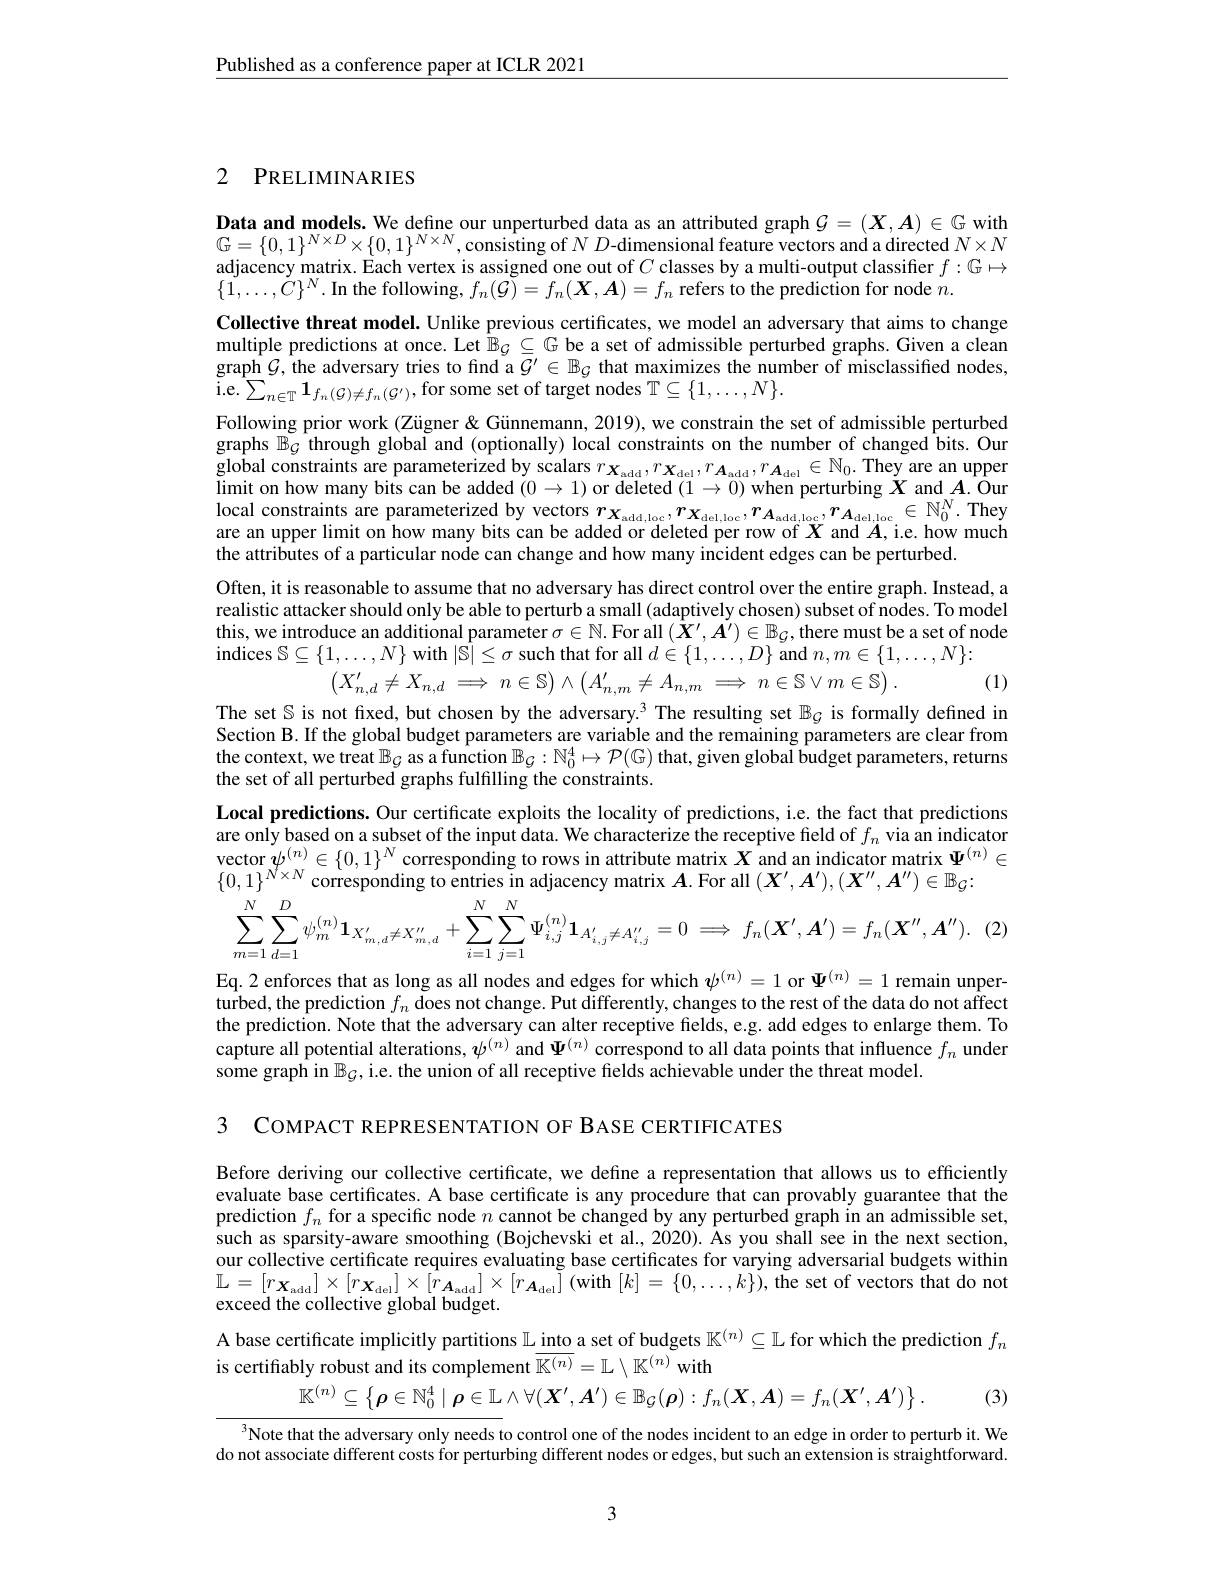
$\underline{\text{Published as a conference paper at ICLR 2021}}$

## 2 PRELIMINARIES

$\begin{array}{l}\textbf{Data and models. We define our unperturbed data as an attributed graph }\mathcal{G}=(\boldsymbol{X},\boldsymbol{A})\in\mathbb{G}\text{ with}\\\mathbb{G}=\{0,1\}^{N\times D}\times\{0,1\}^{N\times N},\text{consisting of }ND-\text{dimensional feature vectors and adirected }N\times N\end{array}$ adjacency matrix. Each vertex is assigned one out of $C$ classes by a multi-output classiffer $f:\mathbb{G}\mapsto$ $\{\tilde{1},\ldots,\tilde{C}\}^N.$In the following, $f_n(\tilde{\mathcal{G}})=f_n(\boldsymbol{X},\boldsymbol{A})=f_n$ refers to the prediction for node $\tilde{n}.$
Collective threat model. Unlike previous certificates, we model an adversary that aims to change $\begin{array}{l}\text{multiple predictions at once. Let }\mathbb{B}_{\mathcal{G}}\subseteq\mathbb{G}\text{ be a set of admissible perturbed graphs.Given a clean}\\\text{graph }\mathcal{G},\text{ the adversary tries to find a }\mathcal{G}^{\prime}\in\mathbb{B}_{\mathcal{G}}\textbf{ that maximizes the number of misclassified nodes,}\end{array}$ i. e. $\sum _{n\in \mathbb{T} }\mathbf{1} _{f_n( \mathcal{G} ) \neq f_n( \mathcal{G} ^{\prime }) }$,for some set of target nodes $\mathbb{T}\subseteq\{1,\ldots,N\}.$
Following prior work (Zügner& Günnemann, 2019), we constrain the set of admissible perturbed graphs $\mathbb{B}_\mathcal{G}$ through global and (optionally) local constraints on the number of changed bits. Our global constraints are parameterized by scalars $r_{\boldsymbol{X}_\mathrm{add}},r_{\boldsymbol{X}_\mathrm{del}},r_{\boldsymbol{A}_\mathrm{add}},r_{\boldsymbol{A}_\mathrm{del}}\in\mathbb{N}_0.$ They are an upper limit on how many bits can be added $(0\to1)$ or deleted $(1\to0)$ when perturbing $X$ and $A.$ Our local constraints are parameterized by vectors $r_{X_\mathrm{add,loc}},r_{X_\mathrm{del,loc}},r_{A_\mathrm{add,loc}},r_{A_\mathrm{del,loc}}\in\mathbb{N}_0^N.$ They are an upper limit on how many bits can be added or deleted per row of $X$ and $A$,i.e. how much the attributes of a particular node can change and how many incident edges can be perturbed.
Often, it is reasonable to assume that no adversary has direct control over the entire graph. Instead, a realistic attacker should only be able to perturb a small (adaptively chosen) subset of nodes. To model this, we introduce an additional parameter $\sigma\in\mathbb{N}.$ For all $(\dot{\boldsymbol{X}}^\prime,\dot{\boldsymbol{A}}^\prime)\in\mathbb{B}_G$,there must be a set of node indices $\mathbb{S} \subseteq \{ 1, \ldots , N\}$ with $|\hat{\mathbb{S}}|\leq\sigma$ such that for all $d\in\{1,\ldots,D\}$ and $n,m\in\{1,\ldots,N\}:$
$$\begin{pmatrix}X'_{n,d}\neq X_{n,d}\implies n\in\mathbb{S}\end{pmatrix}\wedge\begin{pmatrix}A'_{n,m}\neq A_{n,m}\implies n\in\mathbb{S}\vee m\in\mathbb{S}\end{pmatrix}.$$
(1)
The set $\mathbb{S}$ is not fixed, but chosen by the adversary.$^3$ The resulting set $\mathbb{B}_{\mathcal{G}}$ is formally defined in Section B. If the global budget parameters are variable and the remaining parameters are clear from the context, we treat $\mathbb{B}_\mathcal{G}$ as a function $\mathbb{B}_\mathcal{G}:\mathbb{N}_0^4\mapsto\mathcal{P}(\mathbb{G})$ that, given global budget parameters, returns the set of all perturbed graphs fulfilling the constraints.
Local predictions. Our certificate exploits the locality of predictions, i.e. the fact that predictions are only based on a subset of the input data. We characterize the receptive field of $f_n$ via an indicator $\begin{array}{l}\text{vector }\tilde{\psi}^{(n)}\in\{0,1\}^N\text{ corresponding to rows in attribute matrix }X\text{ and an indicator matrix }\Psi^{(n)}\in\\\{0,1\}^{N\times N}\text{ corresponding to entries in adjacency matrix }A.\text{ For all }(X^{\prime},A^{\prime}),(X^{\prime\prime},A^{\prime\prime})\in\mathbb{B}_G:\end{array}$
$$\sum_{m=1}^{N}\sum_{d=1}^{D}\psi_{m}^{(n)}\mathbf{1}_{X_{m,d}^{\prime}\neq X_{m,d}^{\prime\prime}}+\sum_{i=1}^{N}\sum_{j=1}^{N}\Psi_{i,j}^{(n)}\mathbf{1}_{A_{i,j}^{\prime}\neq A_{i,j}^{\prime\prime}}=0\implies f_{n}(\boldsymbol{X}^{\prime},\boldsymbol{A}^{\prime})=f_{n}(\boldsymbol{X}^{\prime\prime},\boldsymbol{A}^{\prime\prime}).$$
Eq.2 enforces that as long as all nodes and edges for which $\psi^{(n)}=1$ or $\Psi^{(n)}=1$ remain unperturbed, the prediction $f_n$ does not change. Put differently, changes to the rest of the data do not affect the prediction. Note that the adversary can alter receptive fields, e.g. add edges to enlarge them. To capture all potential alterations, $\psi^{(n)}$ and $\Psi^{(n)}$ correspond to all data points that influence $f_n$ under some graph in $\mathbb{B}_G$, i.e. the union of all receptive fields achievable under the threat model.

3 COMPACT REPRESENTATION OF BASE CERTIFIC ATES

Before deriving our collective certificate, we define a representation that allows us to efficiently evaluate base certificates. A base certificate is any procedure that can provably guarantee that the prediction $f_n$ for a specific node $n$ cannot be changed by any perturbed graph in an admissible set,such as sparsity-aware smoothing (Bojchevski et al., 2020). As you shall see in the next section, our collective certificate requires evaluating base certificates for varying adversarial budgets within $\mathbb{L} = [ r_{\boldsymbol{X}_{\mathrm{add}}}] \times [ r_{\boldsymbol{X}_{\mathrm{del}}}] \times [ \hat{r} _{\boldsymbol{A}_{\mathrm{add}}}] \times [ r_{\boldsymbol{A}_{\mathrm{del}}}] ($with $[k]=\{0,\ldots,k\})$,the set of vectors that do not exceed the collective global budget.

A base certificate implicitly partitions $\mathbb{L}\underline\text{into}$ a set of budgets $\mathbb{K}^(n)\subseteq\mathbb{L}$ for which the prediction $f_n$
$$\begin{aligned}&\mathrm{bly~robust~and~its~complement~}\mathbb{K}^{(n)}=\mathbb{L}\setminus\mathbb{K}^{(n)}\mathrm{~with}\\&\mathbb{K}^{(n)}\subseteq\left\{\boldsymbol{\rho}\in\mathbb{N}_{0}^{4}\mid\boldsymbol{\rho}\in\mathbb{L}\wedge\forall(\boldsymbol{X}^{\prime},\boldsymbol{A}^{\prime})\in\mathbb{B}_{\mathcal{G}}(\boldsymbol{\rho}):f_{n}(\boldsymbol{X},\boldsymbol{A})=f_{n}(\boldsymbol{X}^{\prime},\boldsymbol{A}^{\prime})\right\}.\end{aligned}$$
is

(3)

Note that the adversary only needs to control one of the nodes incident to an edge in order to perturb it. We do not associate different costs for perturbing different nodes or edges, but such an extension is straightforward.

3